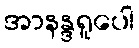
အာနန္ဒရူပေါ